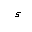
Letter: _hamza